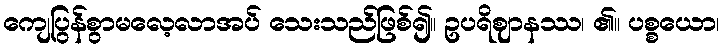
ကျေပြွန်စွာမလေ့လာအပ် သေးသည်ဖြစ်၍။ ဥပရိဈာနဿ၊ ၏။ ပစ္စယော၊